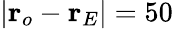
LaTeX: \vert\mathbf{r}_{o}-\mathbf{r}_{E}\vert=50